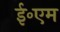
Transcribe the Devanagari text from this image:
ई॰एम